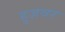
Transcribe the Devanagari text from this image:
हुज़वर